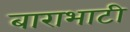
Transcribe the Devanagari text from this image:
बाराभाटी